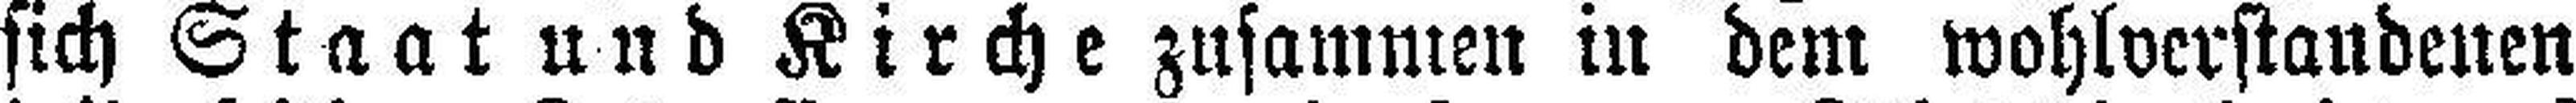
sich Staat und Kirche zusammen in dem wohlverstandenen